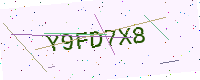
Text: Y9FD7X8